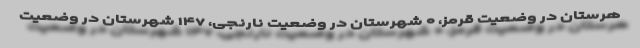
هرستان در وضعیت قرمز، ۰ شهرستان در وضعیت نارنجی، ۱۴۷ شهرستان در وضعیت